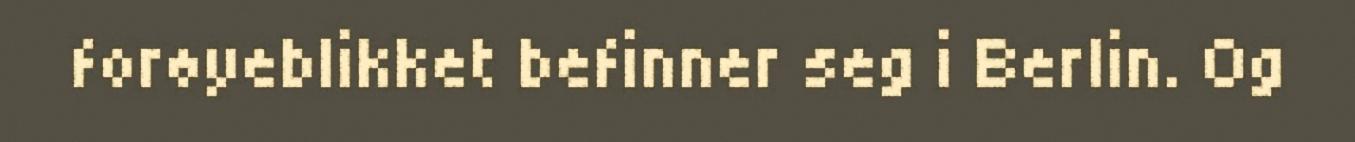
forøyeblikket befinner seg i Berlin. Og